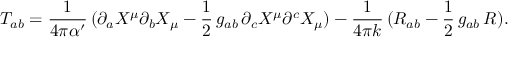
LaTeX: T _ { a b } = \frac { 1 } { 4 \pi \alpha ^ { \prime } } \, ( \partial _ { a } X ^ { \mu } \partial _ { b } X _ { \mu } - { \frac 1 2 } \, g _ { a b } \, \partial _ { c } X ^ { \mu } \partial ^ { c } X _ { \mu } ) - \frac { 1 } { 4 \pi k } \, ( R _ { a b } - { \frac 1 2 } \, g _ { a b } \, R ) .